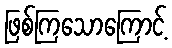
ဖြစ်ကြသောကြောင့်